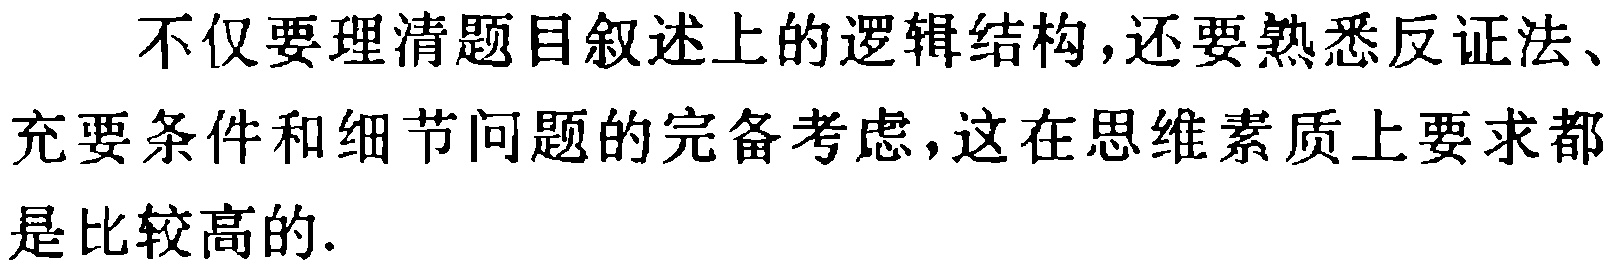
不仅要理清题目叙述上的逻辑结构,还要熟悉反证法、充要条件和细节问题的完备考虑,这在思维素质上要求都是比较高的.